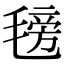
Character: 𣯊